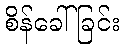
စိန်ခေါ်ခြင်း